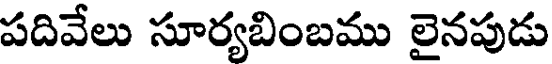
పదివేలు సూర్యబింబము లైనపుడు